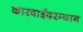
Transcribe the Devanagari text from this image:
कारवाईदरम्यान